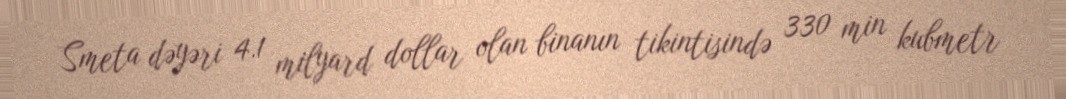
Smeta dəyəri 4.1 milyard dollar olan binanın tikintisində 330 min kubmetr